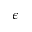
\epsilon